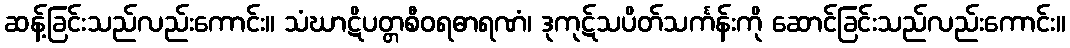
ဆန့်ခြင်းသည်လည်းကောင်း။ သံဃာဋိပတ္တစီဝရဓာရဏံ၊ ဒုကုဋ်သပိတ်သင်္ကန်းကို ဆောင်ခြင်းသည်လည်းကောင်း။